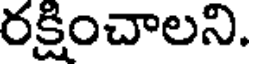
రక్షించాలని.